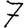
Digit: 7